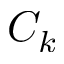
C _ { k }